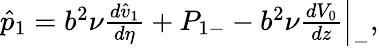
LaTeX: \begin{array}{r}{\hat{p}_{1}=b^{2}\nu\frac{d\hat{v}_{1}}{d\eta}+P_{1-}-b^{2}\nu\frac{dV_{0}}{dz}\Big|_{-},}\end{array}